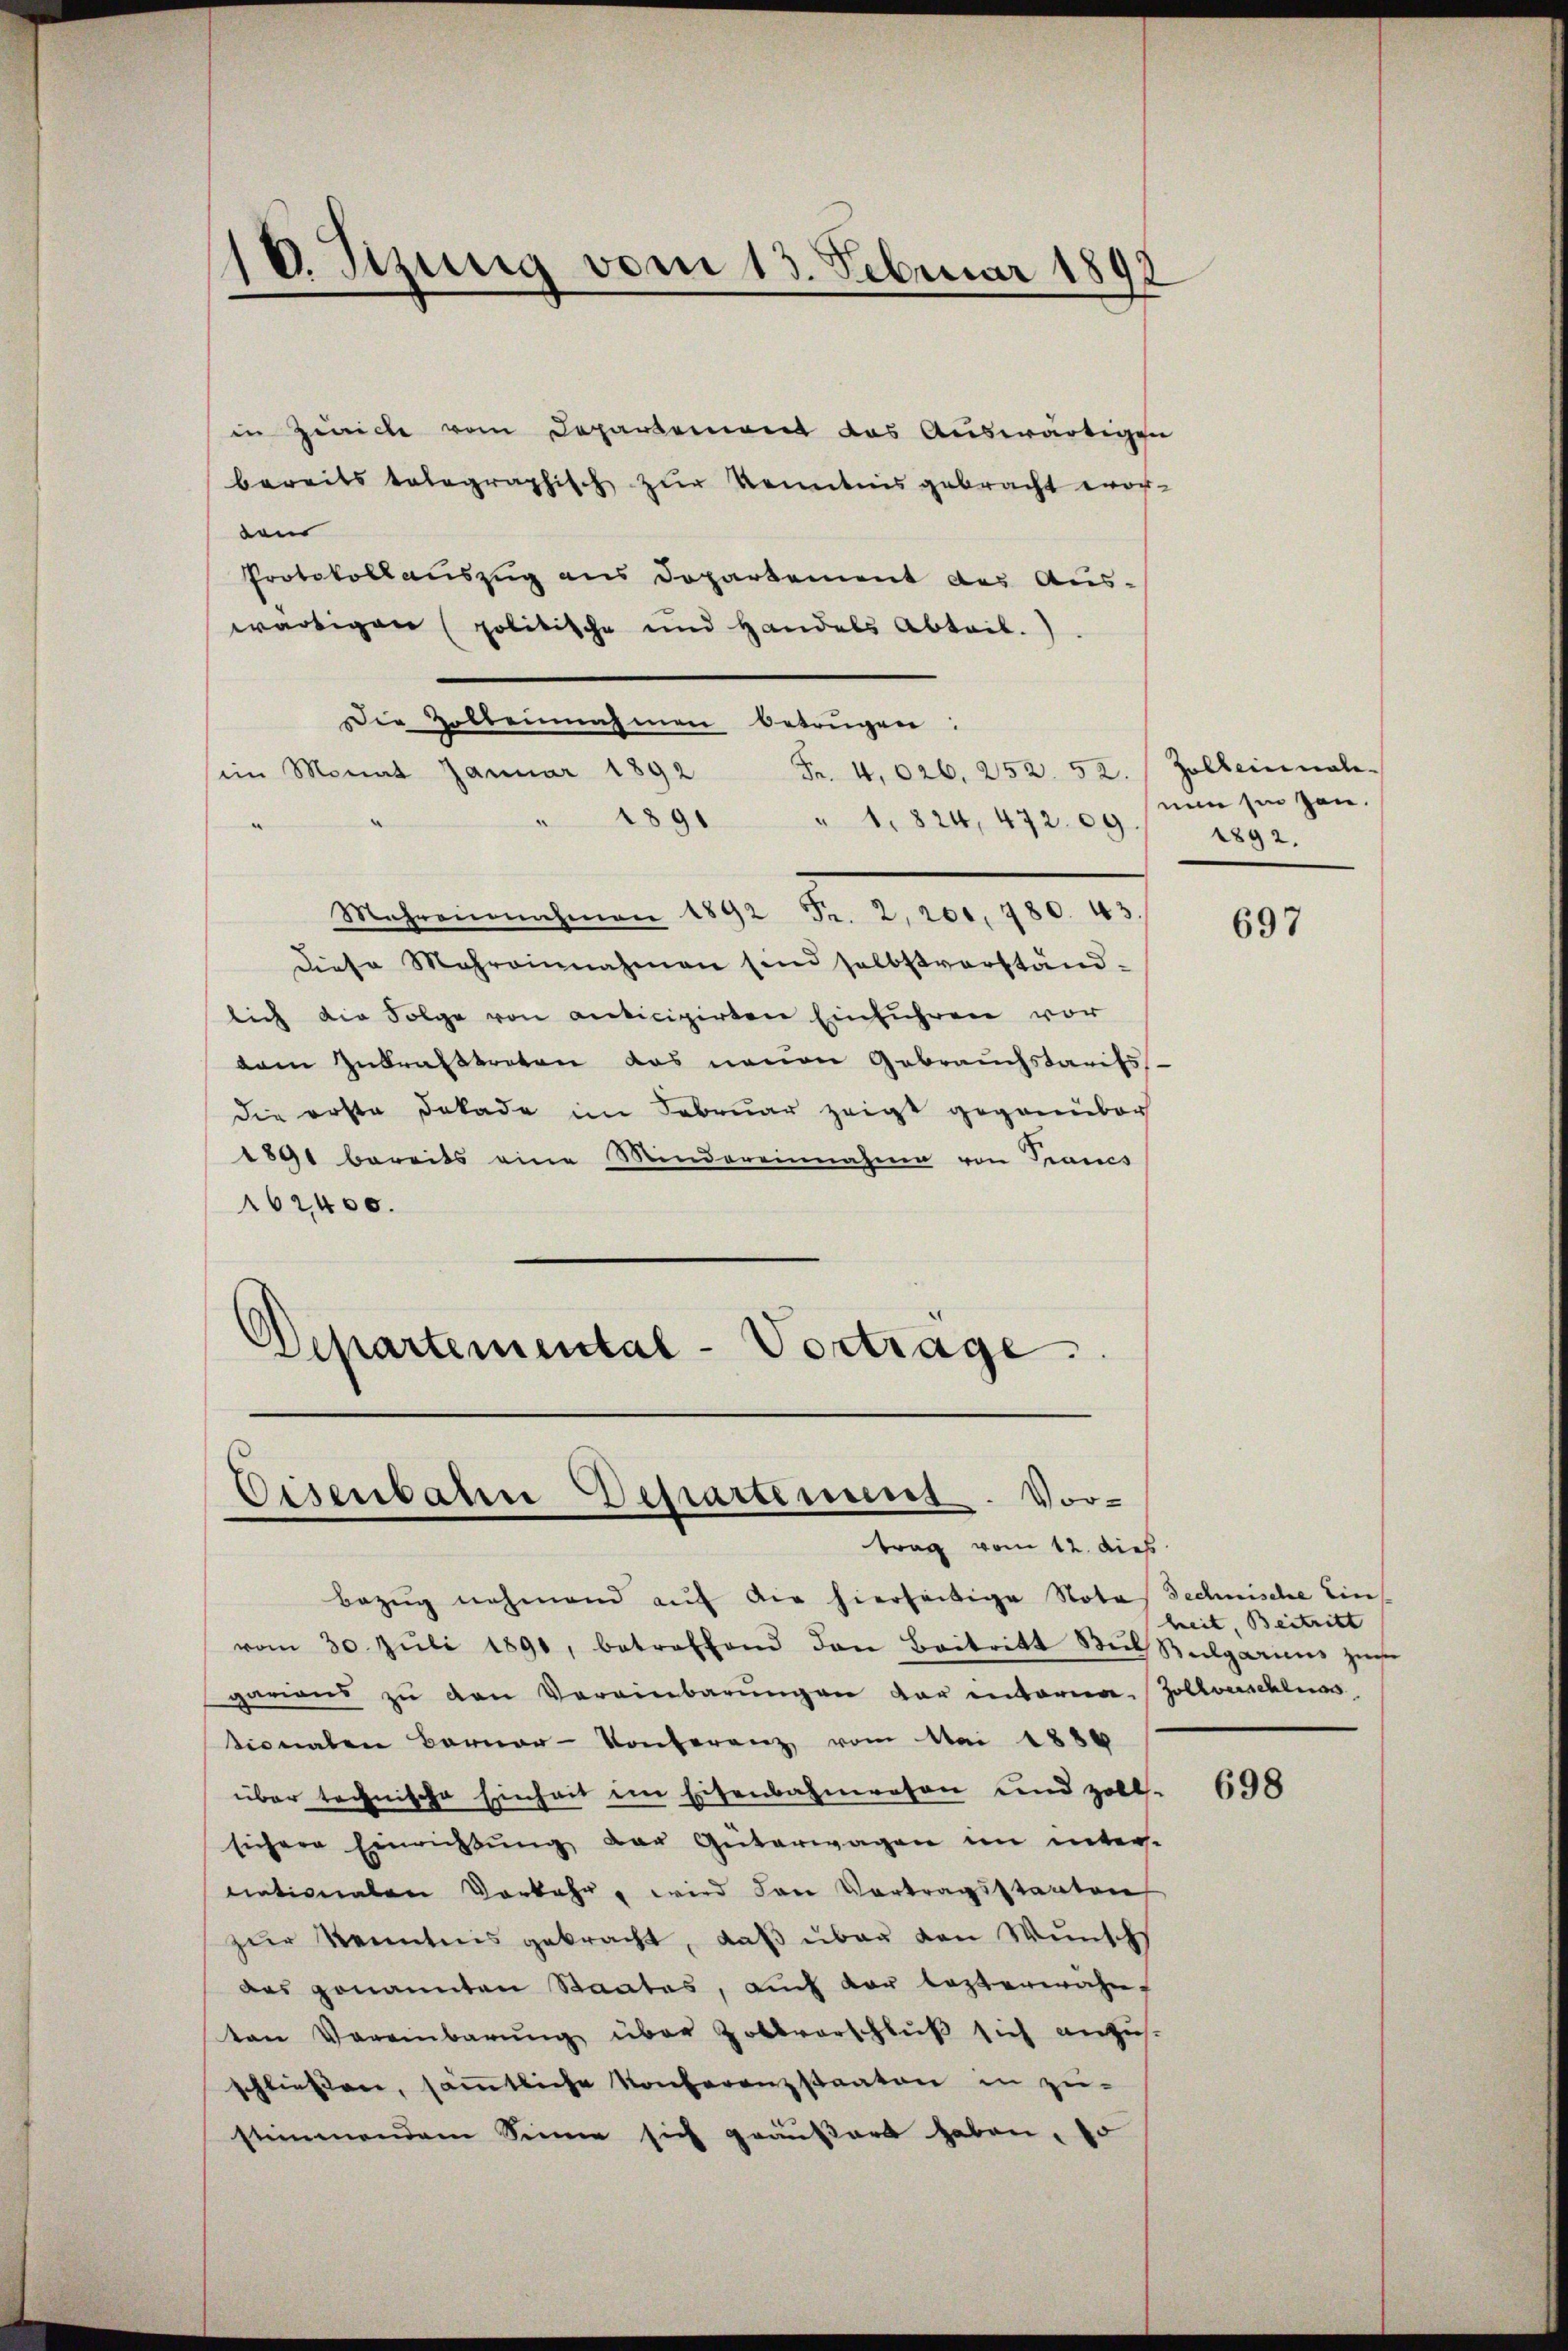
18. Szung vom 13. Februar 1892

in Zwicke vom Departement das Auswärtigen
bereits telegraphisch zur Kenntnis gebracht wor-
den
Protokollauszug aus Dopartement des Aus-
wärtigen (politische und Handels Abteil.
Die Holbeinahmen betrügen:
sein Monat Januar 1892 Fr. 4026. 252. 52. Zolleinnale
e
" 1891 " 1. 824, 472. 09/ 1892.
Mahr einnahmen 1892 Fr. 2, 201, 780. 43.
diese Mehrainnahmen sind selbstverständ-
lich die Folge von anticipirten Einführen vor
dam Zutrafttreten das neuen Gebrauchstarits
Die erste Dekade im Februar zeigt gegenüber
1891 bereits eine Mindereinnahme von Trancs
162400.
.
Departemental-Vortrage.

Eisenbahn Departement. Vortrag vom 12. dies

Bezŭg nehmend auf die hierseitige Notas Technische Ein
vom 30. Jŭli 1890, betreffend den Beitritt Bub Bulgariens zŭge
garians zŭ den Vereinbarŭngen der entarier-Zollverschluss
tionalen Berner-Konferenz vom Mai 1886
über technische Einheit im Eisenbahnwesen und zoll-
sichere Einrichtung der Güterwagen im unters-
nationalen Vorkehr, wird den Vortragsstaaten
zŭr Kenntnis gebracht, daß über den Wunschs
das genannten Staates, auch vor lezterwähnten Vereinbarung über Zollvorschluß sich anzusschließen, säṁtliche Konferenzstaaten in zu-
stimmendem Sinne sich geäußert haben, so

nun hin gen.

697

heit, Beitritt |

698